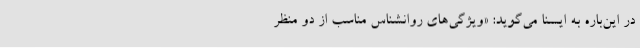
در این‌باره به ایسنا می‌گوید: «ویژگی‌های روانشناس مناسب از دو منظر